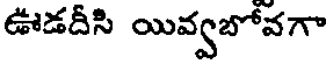
ఊడదీసి యివ్వబోవగా